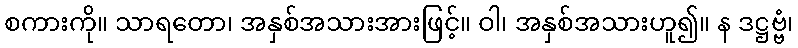
စကားကို။ သာရတော၊ အနှစ်အသားအားဖြင့်။ ဝါ၊ အနှစ်အသားဟူ၍။ န ဒဋ္ဌဗ္ဗံ၊